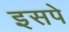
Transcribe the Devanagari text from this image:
इसपे